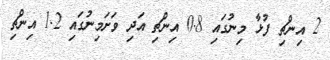
2 އިންޗި ފުޅާ މިނުގައި 0.8 އިންޗި އަދި ވަށަމިނުގައި 1.2 އިންޗި